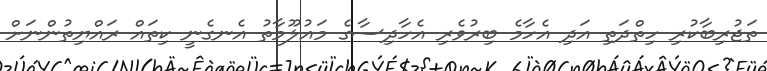
ތަޖުރިބާކުރި ހިތްދަތި އަދި އެހާމެ ބިރުވެރި އެހާދިސާގެ މައުލޫމާތު އެނގެނީ ކިތައް ރައްޔިތުންނަށް